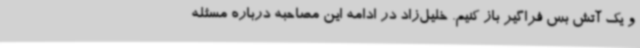
و یک آتش بس فراگیر باز کنیم. خلیل‌زاد در ادامه این مصاحبه درباره مسئله